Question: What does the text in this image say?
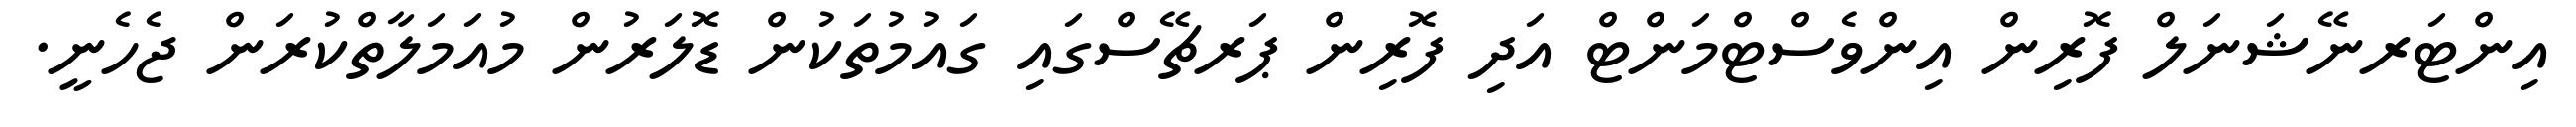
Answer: އިންޓަރނޭޝަނަލް ފޮރިން އިންވެސްޓްމަންޓް އަދި ފޮރިން ޕަރޗޭސްގައި ގައުމުތަކުން ޑޮލަރުން މުއަމަލާތްކުރަން ޖެހެނީ.